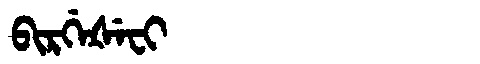
Manchu: ᠪᡳᡵᡤᡝᡧᡝᠸᡳ
Romanization: BIRGEŠEFI